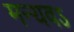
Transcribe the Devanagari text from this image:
मन्यवऽ